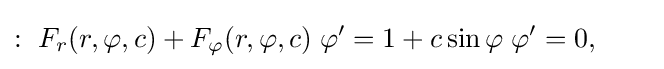
:\ F_{r}(r,\varphi ,c)+F_{\varphi }(r,\varphi ,c)\;\varphi '=1+c\sin \varphi \;\varphi '=0,\qquad